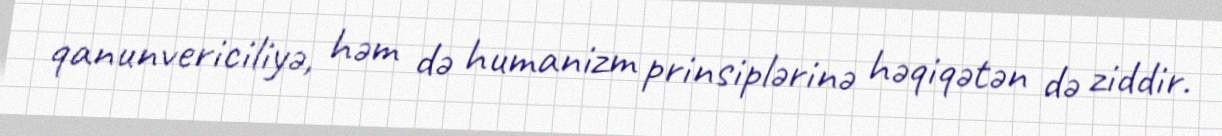
qanunvericiliyə, həm də humanizm prinsiplərinə həqiqətən də ziddir.